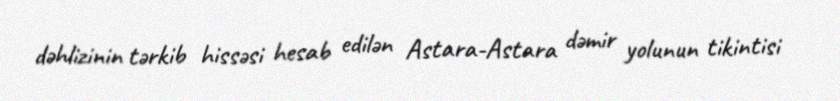
dəhlizinin tərkib hissəsi hesab edilən Astara-Astara dəmir yolunun tikintisi